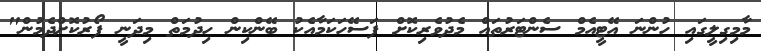
މާމިގިލީގައި ހުންނަ އޭޓީއެމް ސެންޓަރުތައް މެދުވެރިކޮށް ފަސޭހަކަމާއެކު ބޭންކިން ހިދުމަތް މިދަނީ ފޯރުކޮށްދެމުން"